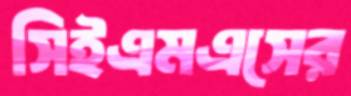
সিইএমএসের